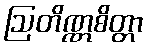
ဩတိဏ္ဏစိတ္တာ